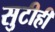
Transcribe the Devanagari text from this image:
सुटीही